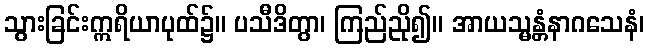
သွားခြင်းဣရိယာပုထ်၌။ ပသီဒိတွာ၊ ကြည်ညို၍။ အာယသ္မန္တံနာဂသေနံ၊